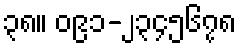
၃၈။ ၀၉၁-၂၃၄၅၆၇၈